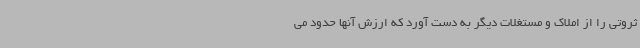
ثروتی را از املاک و مستغلات دیگر به دست آورد که ارزش آنها حدود می